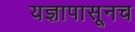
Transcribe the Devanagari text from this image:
यज्ञापासूनच